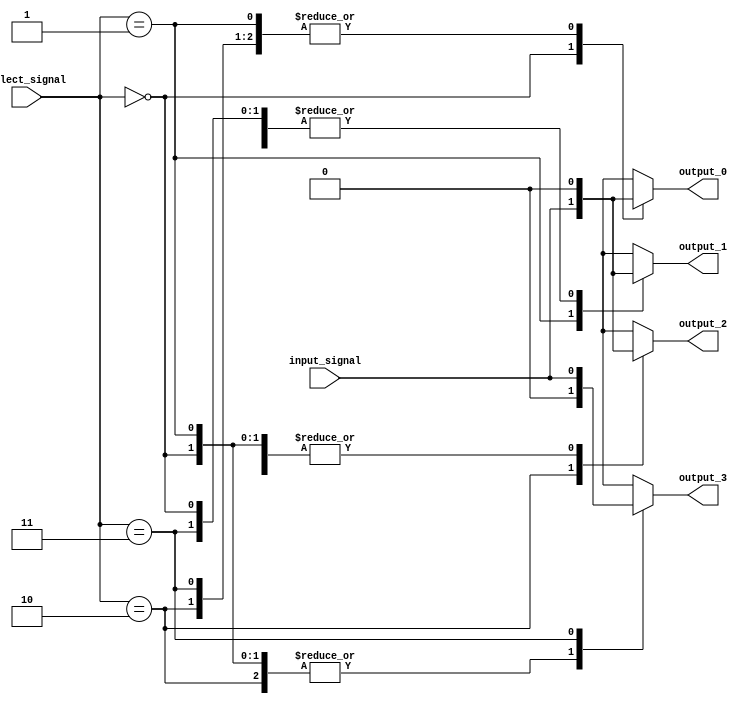
module demux(
    input wire input_signal,
    input wire [1:0] select_signal,
    output reg output_0,
    output reg output_1,
    output reg output_2,
    output reg output_3
);

always @(*) begin
    case(select_signal)
        2'b00: begin
            output_0 = input_signal;
            output_1 = 0;
            output_2 = 0;
            output_3 = 0;
        end
        2'b01: begin
            output_0 = 0;
            output_1 = input_signal;
            output_2 = 0;
            output_3 = 0;
        end
        2'b10: begin
            output_0 = 0;
            output_1 = 0;
            output_2 = input_signal;
            output_3 = 0;
        end
        2'b11: begin
            output_0 = 0;
            output_1 = 0;
            output_2 = 0;
            output_3 = input_signal;
        end
        default: begin
            output_0 = 0;
            output_1 = 0;
            output_2 = 0;
            output_3 = 0;
        end
    endcase
end

endmodule